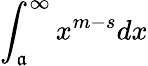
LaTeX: \int_{\mathfrak{a}}^{\infty}x^{m-s}dx